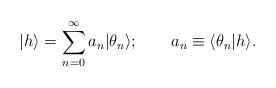
LaTeX: \begin{align*}\vert h \rangle = \sum_{n=0}^{\infty} a_n \vert \theta_n \rangle; \quad \quad a_n \equiv \langle \theta_n \vert h\rangle.\end{align*}